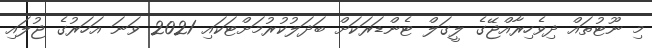
މި ނޫޓުތައް ދިވެހިރާއްޖޭގެ ލީގަލް ޓެންޑަރަކަށް ބަދަލުކުރުމަށްޓަކައި 2021 ވަނަ އަހަރުގެ ޖުލައި